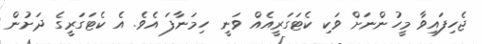
ޖެހިފައިވާ މީހުންނަށް ވަކި ކެޓަގަރީއެއް ވަނީ ހިމަނާފަ އެވެ. އެ ކެޓަގަރީގެ ދަށުން